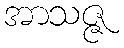
အာသဇ္ဇ